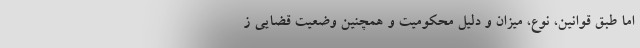
اما طبق قوانین، نوع، ميزان و دليل محکومیت ‌و همچنين وضعیت قضایی ز